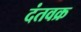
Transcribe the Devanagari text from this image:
दंतवक्र